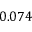
0 . 0 7 4